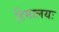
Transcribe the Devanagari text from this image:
हिमालयः